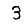
Digit: 3